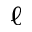
\ell